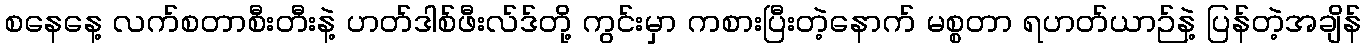
စနေနေ့ လက်စတာစီးတီးနဲ့ ဟတ်ဒါစ်ဖီးလ်ဒ်တို့ ကွင်းမှာ ကစားပြီးတဲ့နောက် မစ္စတာ ရဟတ်ယာဉ်နဲ့ ပြန်တဲ့အချိန်